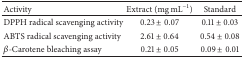
| Activity | Extract (mg mL−1) | Standard |
 | --- | --- | --- |
 | DPPH radical scavenging activity | 0.23 ± 0.07 | 0.11 ± 0.03 |
 | ABTS radical scavenging activity | 2.61 ± 0.64 | 0.54 ± 0.08 |
 | β-Carotene bleaching assay | 0.21 ± 0.05 | 0.09 ± 0.01 |